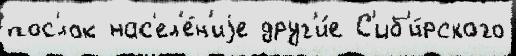
пос'́лок нас'ел'е́н'иjе друг'и́е С'иб'и́рского